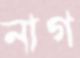
নাগ